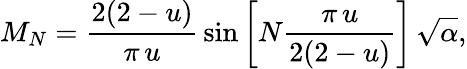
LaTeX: M_{N}=\frac{2(2-u)}{\pi\, u}\, \sin\left[N\frac{\pi\, u}{2(2-u)}\right]\, \sqrt{\alpha},